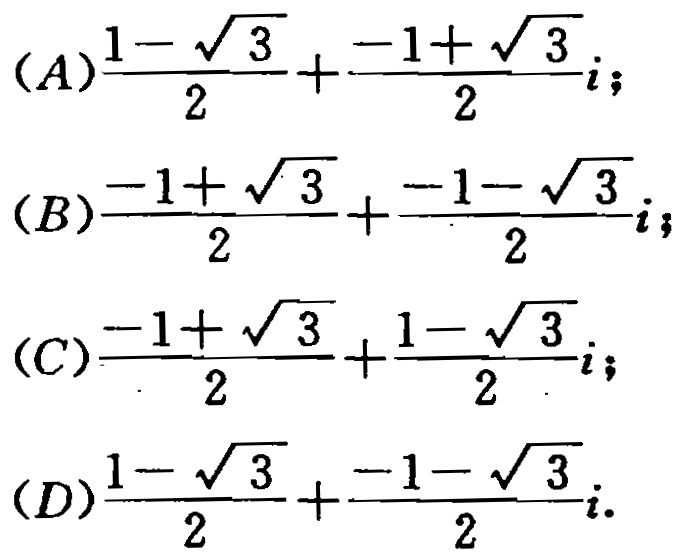
(A)$\frac{1 - \sqrt{3}}{2}+\frac{-1 + \sqrt{3}}{2}i$;
(B)$\frac{-1 + \sqrt{3}}{2}+\frac{-1 - \sqrt{3}}{2}i$;
(C)$\frac{-1 + \sqrt{3}}{2}+\frac{1 - \sqrt{3}}{2}i$;
(D)$\frac{1 - \sqrt{3}}{2}+\frac{-1 - \sqrt{3}}{2}i$.